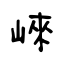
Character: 崍